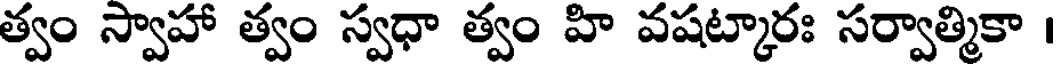
త్వం స్వాహా త్వం స్వధా త్వం హి వషట్కారః సర్వాత్మికా